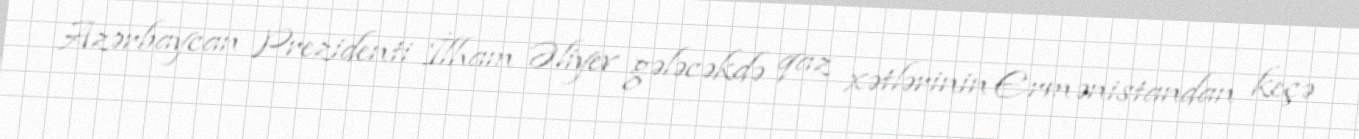
Azərbaycan Prezidenti İlham Əliyev gələcəkdə qaz xətlərinin Ermənistandan keçə